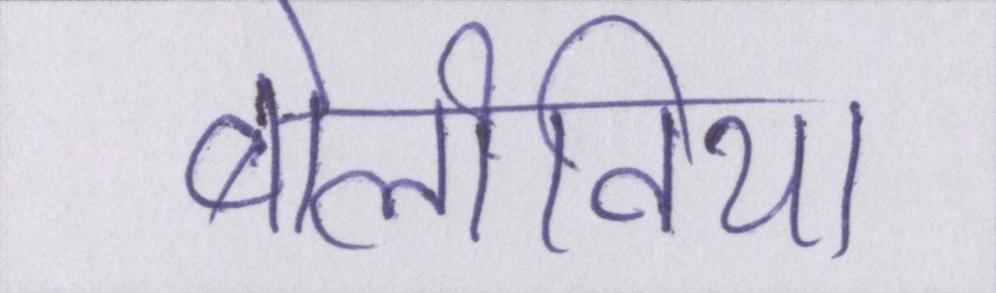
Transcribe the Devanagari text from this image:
बोलीविया